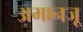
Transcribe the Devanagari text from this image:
अमानजू